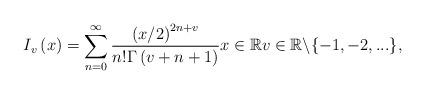
LaTeX: \begin{align*}I_{v}\left( x\right) =\sum_{n=0}^{\infty }\frac{\left( x/2\right) ^{2n+v}}{n!\Gamma \left( v+n+1\right) }x\in \mathbb{R}v\in \mathbb{R}\backslash \{-1,-2,...\}, \end{align*}